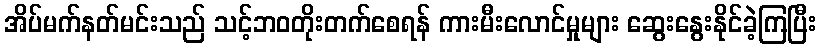
အိပ်မက်နတ်မင်းသည် သင့်ဘဝတိုးတက်စေရန် ကားမီးလောင်မှုများ ဆွေးနွေးနိုင်ခဲ့ကြပြီး